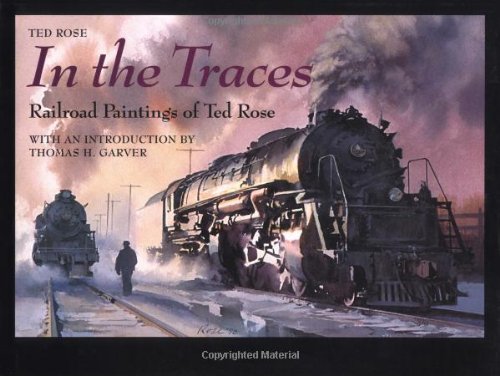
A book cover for In the Traces: Railroad Paintings of Ted Rose (Railroads Past and P); Ted Rose; Arts & Photography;